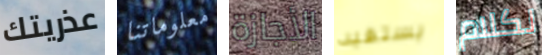
عذريتك معلوماتنا الأجازة يستفيد لكلام